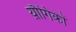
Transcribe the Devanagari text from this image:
य़ौगिकों